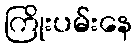
ကြိုးပမ်းနေ